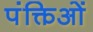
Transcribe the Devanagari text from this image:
पंक्तिओं